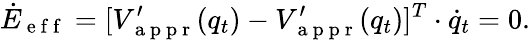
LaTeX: \dot{E}_{\mathrm{~e~f~f~}}=[V_{\mathrm{~a~p~p~r~}}^{\prime}(q_{t})-V_{\mathrm{~a~p~p~r~}}^{\prime}(q_{t})]^{T}\cdot\dot{q}_{t}=0.